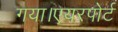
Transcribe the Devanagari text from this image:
गया।एयरपोर्ट